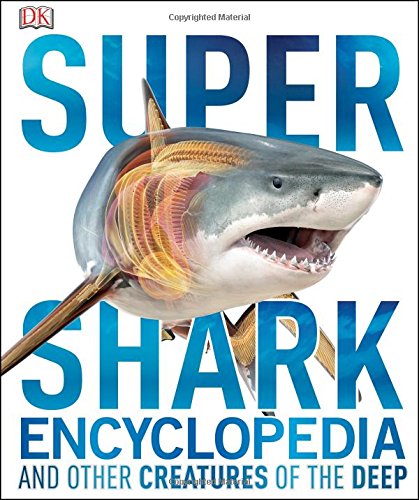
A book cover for Super Shark Encyclopedia; DK; Science & Math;